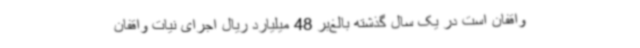
واقفان است در یک سال گذشته بالغ‌بر 48 میلیارد ریال اجرای نیات واقفان